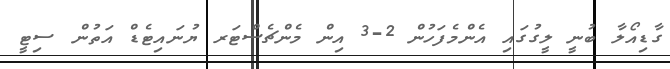
ގާޑިއޯލާ ބުނީ ލީގުގައި އެންމެފަހުން 2-3 އިން މެންޗެސްޓަރ ޔުނައިޓެޑް އަތުން ސިޓީ